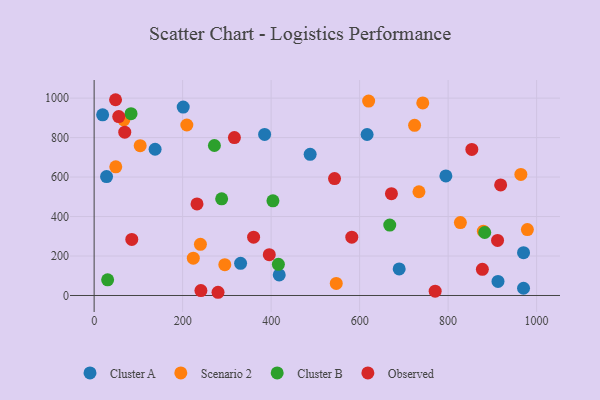
{"axis": {"x": "Price", "y": "Profit"}, "legend": ["Cluster A", "Cluster B", "Observed", "Scenario 2"], "data": [{"x": "331.0", "y": 163.0, "type": "Cluster A"}, {"x": "137.8", "y": 740.9, "type": "Cluster A"}, {"x": "970.4", "y": 217.0, "type": "Cluster A"}, {"x": "794.9", "y": 605.6, "type": "Cluster A"}, {"x": "19.2", "y": 915.1, "type": "Cluster A"}, {"x": "418.3", "y": 104.2, "type": "Cluster A"}, {"x": "385.3", "y": 816.1, "type": "Cluster A"}, {"x": "488.2", "y": 715.1, "type": "Cluster A"}, {"x": "912.7", "y": 71.3, "type": "Cluster A"}, {"x": "201.3", "y": 954.4, "type": "Cluster A"}, {"x": "616.9", "y": 815.6, "type": "Cluster A"}, {"x": "28.1", "y": 602.3, "type": "Cluster A"}, {"x": "689.4", "y": 134.4, "type": "Cluster A"}, {"x": "970.4", "y": 36.6, "type": "Cluster A"}, {"x": "724.2", "y": 861.9, "type": "Scenario 2"}, {"x": "48.9", "y": 651.9, "type": "Scenario 2"}, {"x": "734.1", "y": 525.7, "type": "Scenario 2"}, {"x": "879.6", "y": 326.0, "type": "Scenario 2"}, {"x": "224.1", "y": 189.0, "type": "Scenario 2"}, {"x": "620.4", "y": 984.9, "type": "Scenario 2"}, {"x": "209.5", "y": 863.7, "type": "Scenario 2"}, {"x": "295.3", "y": 155.9, "type": "Scenario 2"}, {"x": "240.2", "y": 259.1, "type": "Scenario 2"}, {"x": "104.1", "y": 758.9, "type": "Scenario 2"}, {"x": "67.1", "y": 889.1, "type": "Scenario 2"}, {"x": "827.7", "y": 369.5, "type": "Scenario 2"}, {"x": "964.4", "y": 613.5, "type": "Scenario 2"}, {"x": "979.1", "y": 333.9, "type": "Scenario 2"}, {"x": "742.7", "y": 975.6, "type": "Scenario 2"}, {"x": "547.2", "y": 61.2, "type": "Scenario 2"}, {"x": "83.4", "y": 921.2, "type": "Cluster B"}, {"x": "882.7", "y": 319.1, "type": "Cluster B"}, {"x": "271.8", "y": 760.0, "type": "Cluster B"}, {"x": "668.1", "y": 356.5, "type": "Cluster B"}, {"x": "30.5", "y": 79.5, "type": "Cluster B"}, {"x": "416.4", "y": 158.0, "type": "Cluster B"}, {"x": "288.2", "y": 489.5, "type": "Cluster B"}, {"x": "404.1", "y": 479.6, "type": "Cluster B"}, {"x": "241.3", "y": 25.1, "type": "Observed"}, {"x": "55.6", "y": 906.2, "type": "Observed"}, {"x": "543.3", "y": 592.3, "type": "Observed"}, {"x": "69.2", "y": 827.4, "type": "Observed"}, {"x": "395.8", "y": 206.9, "type": "Observed"}, {"x": "85.1", "y": 284.3, "type": "Observed"}, {"x": "317.0", "y": 800.1, "type": "Observed"}, {"x": "853.6", "y": 740.2, "type": "Observed"}, {"x": "582.3", "y": 295.3, "type": "Observed"}, {"x": "877.4", "y": 132.6, "type": "Observed"}, {"x": "911.7", "y": 279.1, "type": "Observed"}, {"x": "671.9", "y": 516.0, "type": "Observed"}, {"x": "770.7", "y": 21.8, "type": "Observed"}, {"x": "280.0", "y": 16.3, "type": "Observed"}, {"x": "360.4", "y": 295.7, "type": "Observed"}, {"x": "918.7", "y": 560.3, "type": "Observed"}, {"x": "232.5", "y": 464.0, "type": "Observed"}, {"x": "48.4", "y": 991.8, "type": "Observed"}]}